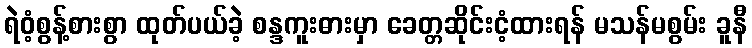
ရဲဝံ့စွန့်စားစွာ ထုတ်ပယ်ခဲ့ စန္ဒကူးဓားမှာ ခေတ္တဆိုင်းငံ့ထားရန် မသန်မစွမ်း ခူနီ